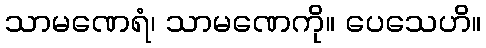
သာမဏေရံ၊ သာမဏေကို။ ပေသေဟိ။